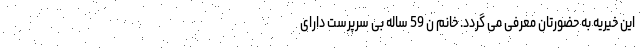
این خیریه به حضورتان معرفی می گردد. خانم ن 59 ساله بی سرپرست دارای